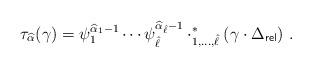
LaTeX: \begin{align*}\tau_{\widehat{\alpha}}(\gamma)= \psi_1^{\widehat{\alpha}_1-1} \cdots \psi_{\hat{\ell}}^{\widehat{\alpha}_{\hat{\ell}}-1} \cdot^*_{1,\ldots,\hat{\ell}} ( \gamma\cdot \Delta_{\mathsf{rel}}) \ .\end{align*}